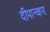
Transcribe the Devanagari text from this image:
दीपान्कर